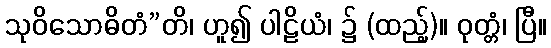
သုဝိသောဓိတံ”တိ၊ ဟူ၍ ပါဠိယံ၊ ၌ (ထည့်)။ ဝုတ္တံ၊ ပြီ။